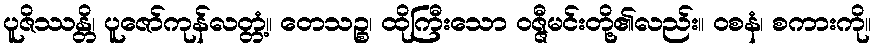
ပူဇိဿန္တိ၊ ပူဇော်ကုန်လတ္တံ့။ တေသဉ္စ၊ ထိုကြီးသော ဝဇ္ဇီမင်းတို့၏လည်း။ ဝစနံ၊ စကားကို။